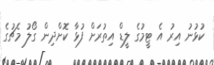
ކުޅުނު އިރު އެ ޓީމުގެ ލީޑް އިތުރަށް ފުޅާ ކޮށްދިން ގޯލު މެޗުގެ